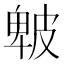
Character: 𤿾